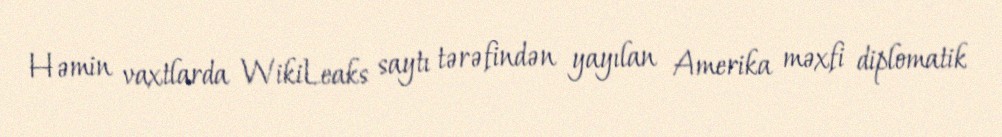
Həmin vaxtlarda WikiLeaks saytı tərəfindən yayılan Amerika məxfi diplomatik